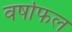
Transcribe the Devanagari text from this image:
वर्षाफल